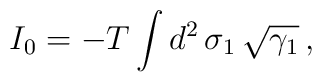
I_0 = -T \int d^2 \, \sigma_1 \, \sqrt{\gamma_1} \, ,